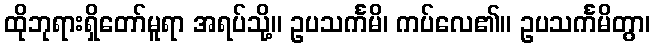
ထိုဘုရားရှိတော်မူရာ အရပ်သို့။ ဥပသင်္ကမိ၊ ကပ်လေ၏။ ဥပသင်္ကမိတွာ၊